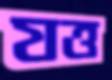
যত্ত